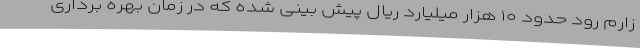
زارم رود حدود ۱۰ هزار میلیارد ریال پیش بینی شده که در زمان بهره برداری